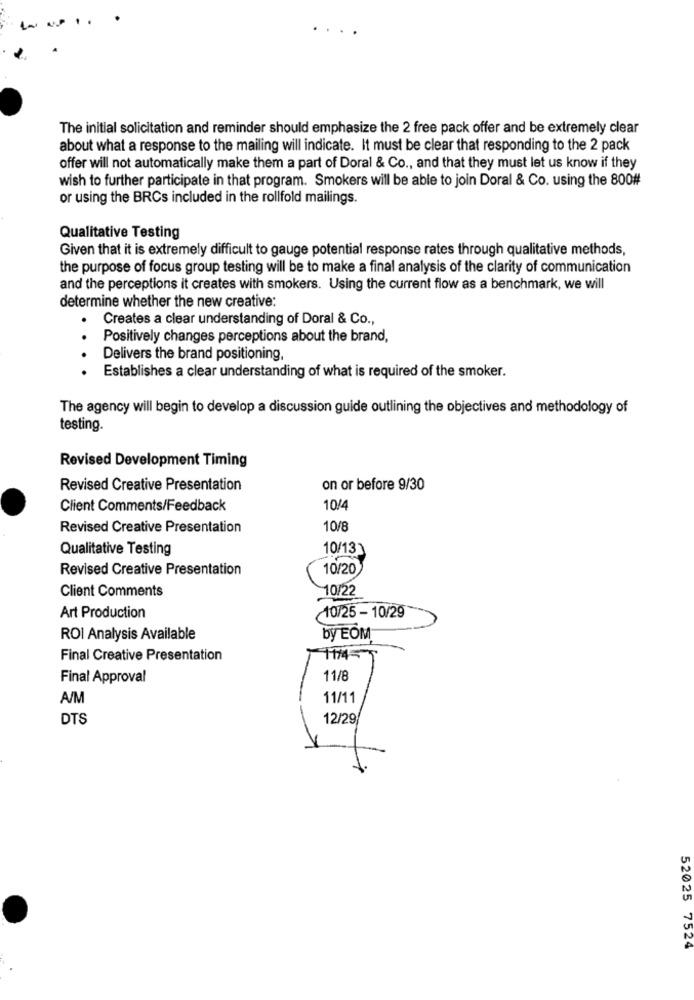
The initial solicitation and reminder should emphasize the 2 free pack offer and be extremely clear
about what a response to the mailing will indicate. It must be clear that responding to the 2 pack
offer will not automatically make them a part of Doral & Co ., and that they must let us know if they
wish to further participate in that program. Smokers will be able to join Doral & Co. using the 800#
or using the BRCs included in the rollfold mailings.
Qualitative Testing
Given that it is extremely difficult to gauge potential response rates through qualitative methods,
the purpose of focus group testing will be to make a final analysis of the clarity of communication
and the perceptions it creates with smokers. Using the current flow as a benchmark, we will
determine whether the new creative:
Creates a clear understanding of Doral & Co .,
Positively changes perceptions about the brand,
Delivers the brand positioning,
Establishes a clear understanding of what is required of the smoker.
The agency will begin to develop a discussion guide outlining the objectives and methodology of
testing.
Revised Development Timing
Revised Creative Presentation
on or before 9/30
Client Comments/Feedback
10/4
Revised Creative Presentation
10/8
Qualitative Testing
10/131
Revised Creative Presentation
10/20
Client Comments
10/22
Art Production
10/25 - 10/29
ROI Analysis Available
by EOM
Final Creative Presentation
11/45
Final Approval
11/8
A/M
11/11
DTS
12/29
52025 7524